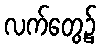
လက်တွေ့၌